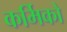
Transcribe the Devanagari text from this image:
कर्मिको